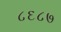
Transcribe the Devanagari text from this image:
८६८७